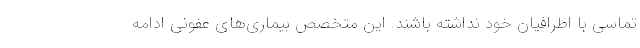
تماسی با اطرافیان خود نداشته باشند. این متخصص بیماری‌های عفونی ادامه